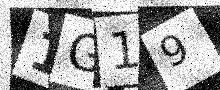
Text: 1G19